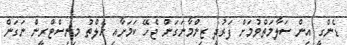
ޑެންގީ އިން ސަލާމަތްވުމަށް ފަރުދީ ޒިންމާނަގަން ޖެހޭ ކަމަށާއި ހެލްތު މިނިސްޓްރީން ނަގަން